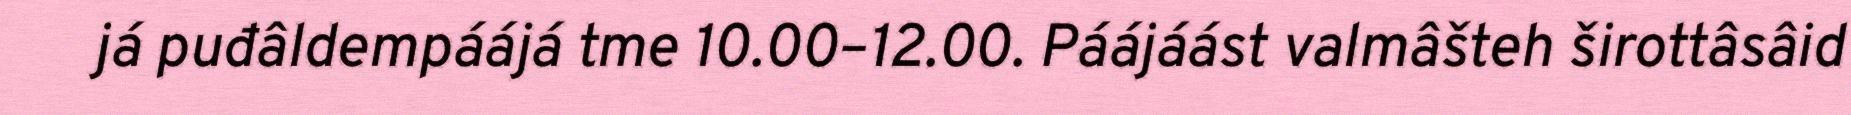
já puđâldempáájá tme 10.00–12.00. Páájáást valmâšteh širottâsâid